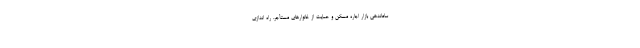
ساماندهی بازار اجاره مسکن و حمایت از خانوارهای مستأجر، راه اندازی